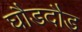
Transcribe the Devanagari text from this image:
घौडदौड